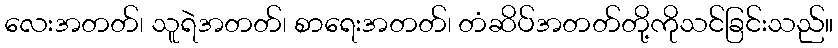
လေးအတတ်၊ သူရဲအတတ်၊ စာရေးအတတ်၊ တံဆိပ်အတတ်တို့ကိုသင်ခြင်းသည်။